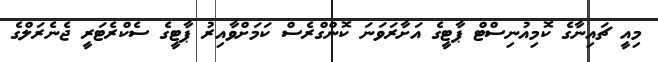
މިއީ ޗައިނާގެ ކޮމިއުނިސްޓް ޕާޓީގެ އަށާރަވަނަ ކޮންގްރެސް ކަމަށްވާއިރު ޕާޓީގެ ސެކްރެޓަރީ ޖެނެރަލްގެ